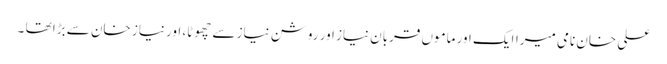
علی خان نامی میراایک اور ماموں قربان نیاز اور روشن نیاز سے چھوٹا، اور نیاز خان سے بڑا تھا ۔